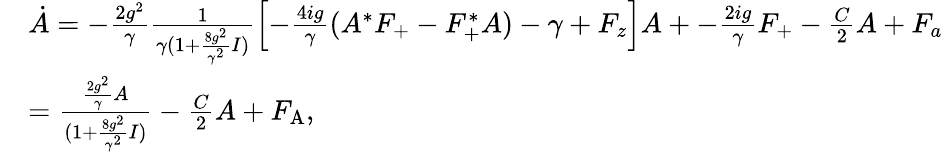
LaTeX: \begin{array}{rl}&{\dot{A}=-\frac{2g^{2}}{\gamma}\frac{1}{\gamma(1+\frac{8g^{2}}{\gamma^{2}}I)}\left[-\frac{4ig}{\gamma}(A^{*}F_{\mathrm{+}}-F_{\mathrm{+}}^{*}A)-\gamma+F_{z}\right]A+-\frac{2ig}{\gamma}F_{\mathrm{+}}-\frac{C}{2}A+F_{a}}\\ &{=\frac{\frac{2g^{2}}{\gamma}A}{(1+\frac{8g^{2}}{\gamma^{2}}I)}-\frac{C}{2}A+F_{\mathrm{A}},}\end{array}